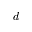
d